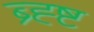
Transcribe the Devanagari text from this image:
ब्र्ह्ष्ट